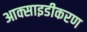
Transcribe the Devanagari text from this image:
आक्साइडीकरण